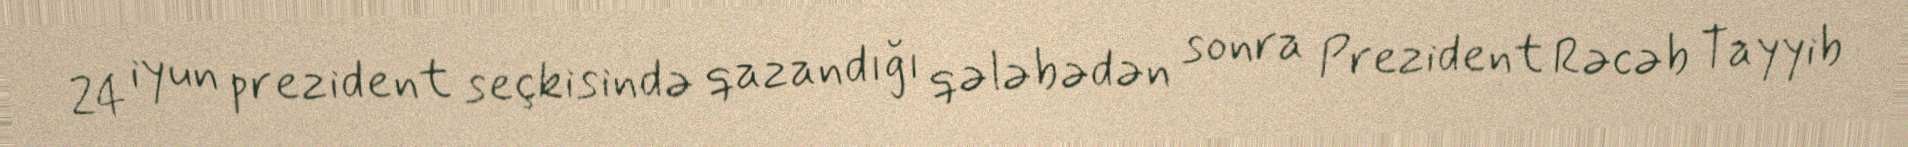
24 iyun prezident seçkisində qazandığı qələbədən sonra Prezident Rəcəb Tayyib